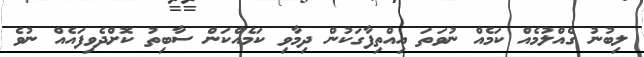
ލިބުނު ގެއްލުމެއް ކަމެއް ނުވަތަ އިއްތިފާގަކުން ދިމާވި ކަމެއްކަން ސާބިތު ކޮށްދެވިފައެއް ނުވެ